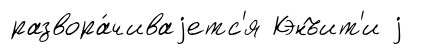
развора́чиваjетс'я Кэнъит'и j